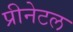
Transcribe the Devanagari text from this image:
प्रीनेटल